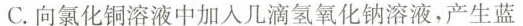
C.向氯化铜溶液中加入几滴氢氧化钠溶液，产生蓝